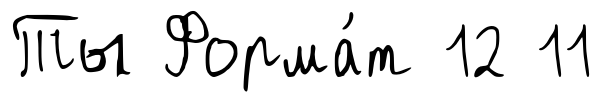
Ты Форма́т 12 11